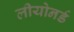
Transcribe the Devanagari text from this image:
लीयोनर्ड